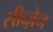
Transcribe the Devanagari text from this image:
सीब्ज़ेन